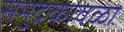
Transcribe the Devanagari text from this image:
समुद्रकावळा